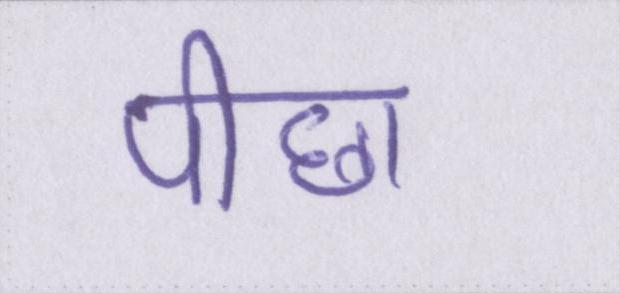
पीछा